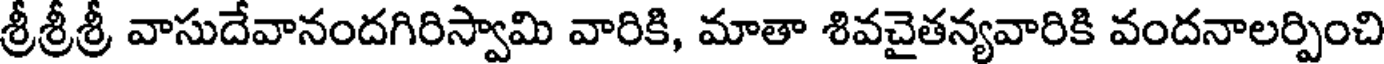
శ్రీశ్రీశ్రీ వాసుదేవానందగిరిస్వామి వారికి, మాతా శివచైతన్యవారికి వందనాలర్పించి